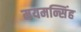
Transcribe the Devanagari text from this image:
मयमन्सिंह